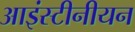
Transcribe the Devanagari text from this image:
आइंस्टीनीयन